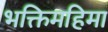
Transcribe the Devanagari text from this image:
भक्तिमहिमा